Annual administration report of the Civil Veterinary Department of India - 1895-1896
Year: 1895
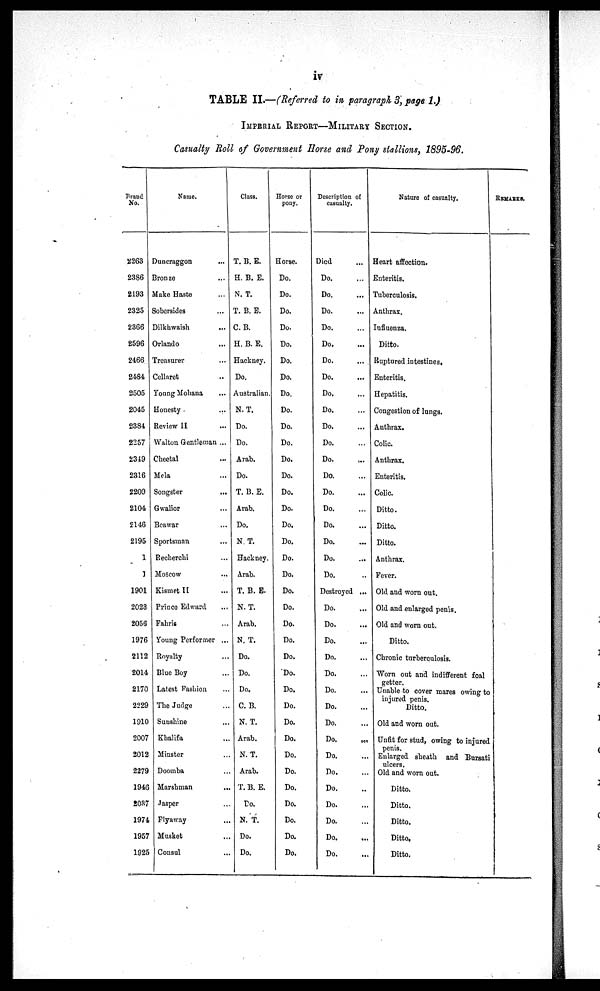
iv
TABLE II.—(Referred to in paragraph 3, page 1.)
IMPERIAL REPORT—MILITARY SECTION.
Casualty Roll of Government Horse and Pony stallions, 1895-96.
Brand
No.
2263
2386
2193
2325
2366
2596
2466
2484
2505
2045
2384
2257
2349
2316
2209
2104
2146
2195
1
1
1901
2023
2056
1976
2112
2014
2170
2229
1910
2007
2012
2279
1946
2037
1974
1957
1925
Name.
Duncraggon ...
Bronze ...
Make Haste ...
Sobersides ...
Dilkhwaish ...
Orlando ...
Treasurer ...
Cellaret ...
Young Mohana ...
Honesty
...
Review II ...
Walton Gentleman ...
Chectal ...
Mela ...
Songster ...
Gwalior ...
Beawar
...
Sportsman ...
Recherchi ...
Moscow ...
Kismet II ...
Prince Edward ...
Fahris ...
Young Performer ...
Royalty ...
Blue Boy ...
Latest Fashion ...
The Judge ...
Sunshine ...
Khalifa ...
Minster ...
Doomba ...
Marshman ...
Jasper ...
Flyaway ...
Musket ...
Consul ...
Class.
T. B. E.
H. B. E.
N. T.
T. B. E.
C. B.
H. B. E.
Hackney.
Do.
Australian.
N. T.
Do.
Do.
Arab.
Do.
T. B. E.
Arab.
Do.
N. T.
Hackney.
Arab.
T. B. E.
N. T.
Arab.
N. T.
Do.
Do.
Do.
C. B.
N. T.
Arab.
N. T.
Arab.
T. B. E.
Do.
N. T.
Do.
Do.
Horse or
pony.
Horse.
Do.
Do.
Do.
Do.
Do.
Do.
Do.
Do.
Do.
Do.
Do.
Do.
Do.
Do.
Do.
Do.
Do.
Do.
Do.
Do.
Do.
Do.
Do.
Do.
Do.
Do.
Do.
Do.
Do.
Do.
Do.
Do.
Do.
Do.
Do.
Do.
Description of
casualty.
Died ...
Do. ...
Do. ...
Do. ...
Do....
Do. ...
Do. ...
Do. ...
Do. ...
Do. ...
Do. ...
Do. ...
Do. ...
Do. ...
Do. ...
Do. ...
Do. ...
Do. ...
Do. ...
Do. ...
Destroyed ...
Do. ...
Do. ...
Do. ...
Do. ...
Do. ...
Do. ...
Do. ...
Do. ...
Do.
...
Do. ...
Do. ...
Do. ...
Do. ...
Do. ...
Do. ...
Do. ...
Nature of casualty.
Heart affection.
Enteritis.
Tuberculosis.
Anthrax.
Influenza.
Ditto.
Ruptured intestines.
Enteritis.
Hepatitis.
Congestion of lungs.
Anthrax.
Colic.
Anthrax.
Enteritis.
Colic.
Ditto.
Ditto.
Ditto.
Anthrax.
Fever.
Old and worn out.
Old and enlarged penis.
Old and worn out.
Ditto.
Chronic turberculosis.
Worn out and indifferent foal
getter.
Unable to cover mares owing to
injured penis.
Ditto.
Old and worn out.
Unfit for stud, owing to injured
penis.
Enlarged sheath and Bursati
ulcers.
Old and worn out.
Ditto.
Ditto.
Ditto.
Ditto.
Ditto.
REMARKS.